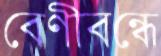
বেণীবন্ধে